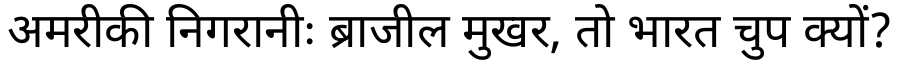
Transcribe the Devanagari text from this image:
अमरीकी निगरानीः ब्राजील मुखर, तो भारत चुप क्यों?